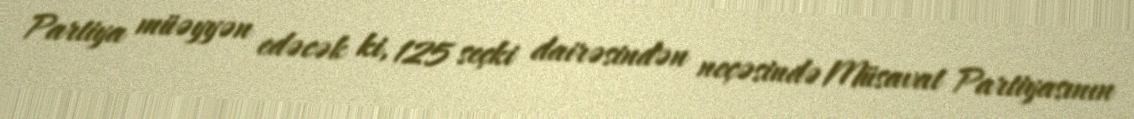
Partiya müəyyən edəcək ki, 125 seçki dairəsindən neçəsində Müsavat Partiyasının